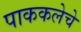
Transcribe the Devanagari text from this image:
पाककलेचे